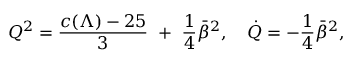
Q ^ { 2 } = { \frac { c ( \Lambda ) - 2 5 } { 3 } } ~ + ~ { \frac { 1 } { 4 } } \bar { \beta } ^ { 2 } , ~ ~ ~ \dot { Q } = - { \frac { 1 } { 4 } } \bar { \beta } ^ { 2 } ,